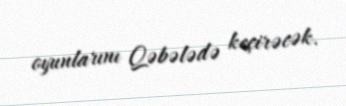
oyunlarını Qəbələdə keçirəcək.